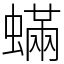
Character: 蟎